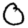
Digit: 0